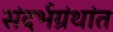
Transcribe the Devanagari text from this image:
संदर्भग्रंथांत